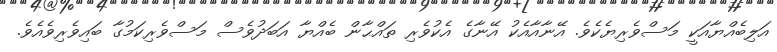
އަލިބެއްޔާއަކީ މަސްވެރިޔެކެވެ. އޭނާއާއެކު އޭނާގެ އެކުވެރި ތައްޙާން ބެއްޔާ އަބަދުވެސް މަސްވެރިކަމުގާ ބައިވެރިވެއެވެ.